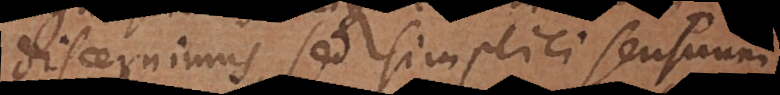
discernimus, sed simplici sensuum